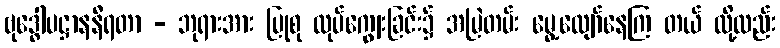
ဗုဒ္ဓေါပဋ္ဌာနနီရတာ - ဘုရားအား ပြုစု လုပ်ကျွေးခြင်း၌ အမြဲတမ်း မွေ့လျော်နေကြ တယ် လို့လည်း